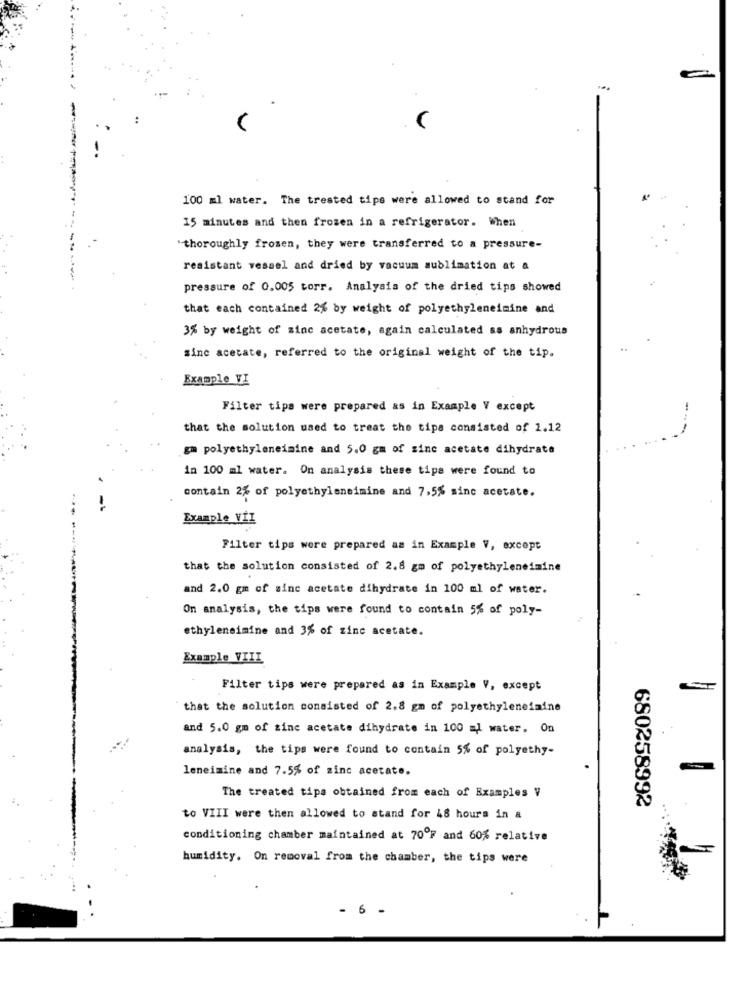
e
100 ml water. The treated tips were allowed to stand for
15 minutes and then frozen in a refrigerator. When
"thoroughly frozen, they were transferred to a pressure-
resistant vessel and dried by vacuum sublimation at a
pressure of 0.005 torr. Analysis of the dried tips showed
that each contained 2% by weight of polyethyleneimine and
3% by weight of zinc acetate, again calculated as anhydrous
sine acetate, referred to the original weight of the tip.
Example VI
Filter tips were prepared as in Example V except
that the solution used to treat the tips consisted of 1.12
gm polyethyleneimine and 5.0 gm of zine acetate dihydrate
in 100 ml water. On analysis these tips were found to
contain 2% of polyethyleneimine and 7,5% sinc acetate.
Example VİI
Filter tips were prepared as in Example V, except
that the solution consisted of 2.8 gm of polyethyleneimine
and 2.0 gm of sinc acetate dihydrate in 100 ml of water.
On analysis, the tips were found to contain 5% of poly-
ethyleneimine and 3% of zinc acetate.
Example VIII
Filter tips were prepared as in Example V, except
that the solution consisted of 2.8 gm of polyethyleneimine
and 5.0 gm of zinc acetate dihydrate in 100 al water. On
analysis, the tips were found to contain 5% of polyethy-
leneimine and 7.5% of zinc acetate.
The treated tips obtained from each of Examples V
680258992
to VIII were then allowed to stand for 48 hours in a
conditioning chamber maintained at 70ºF and 60% relative
humidity. On removal from the chamber, the tips were
- 6 -